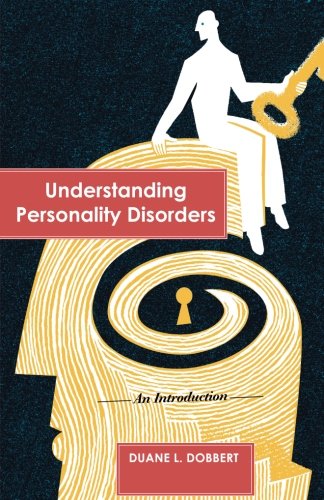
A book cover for Understanding Personality Disorders: An Introduction; Duane L. Dobbert; Health, Fitness & Dieting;